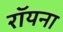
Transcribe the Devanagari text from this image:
रॉयना